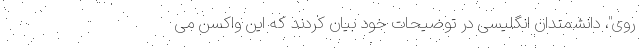
روی"، دانشمندان انگلیسی در توضیحات خود بیان کردند که این واکسن می